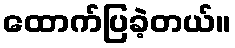
ထောက်ပြခဲ့တယ်။